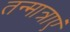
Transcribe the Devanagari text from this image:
तन्मात्राएं